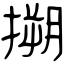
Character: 搠